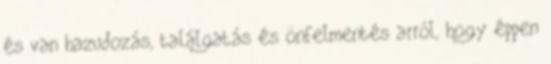
és van hazudozás, találgatás és önfelmentés arról, hogy éppen